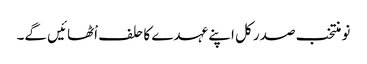
نو منتخب صدر کل اپنے عہدے کا حلف اْٹھائیں گے۔